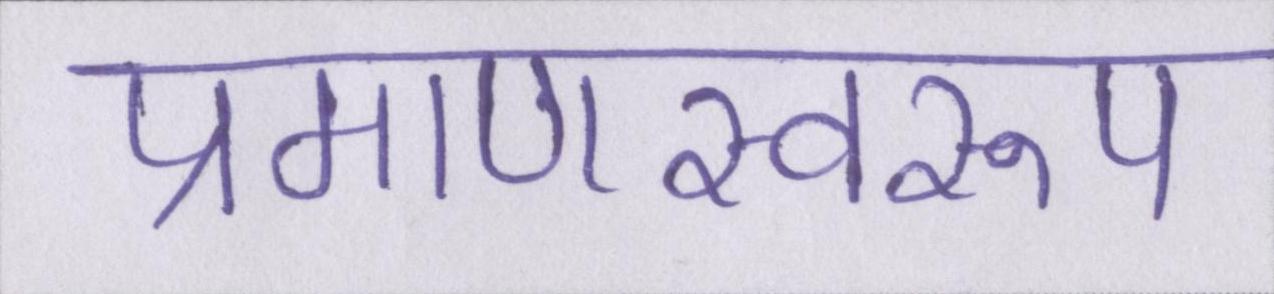
प्रमाणस्वरूप